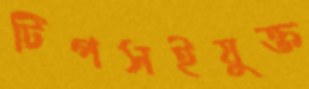
টিপসইযুক্ত